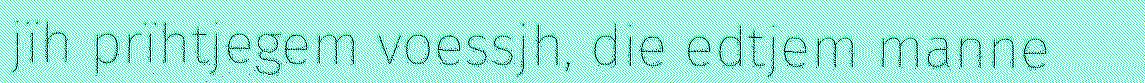
jïh prïhtjegem voessjh, die edtjem manne